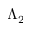
\Lambda _ { 2 }